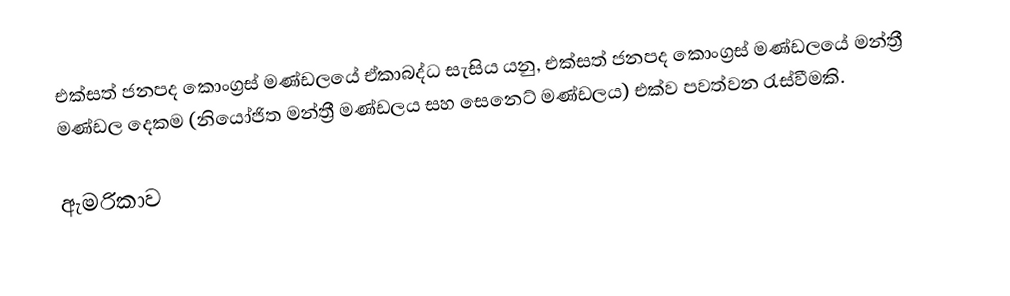
එක්සත් ජනපද කොංග්‍රස් මණ්ඩලයේ ඒකාබද්ධ සැසිය යනු,  එක්සත් ජනපද කොංග්‍රස් මණ්ඩලයේ  මන්ත්‍රී මණ්ඩල දෙකම  (නියෝජිත මන්ත්‍රී මණ්ඩලය සහ සෙනෙට් මණ්ඩලය) එක්ව පවත්වන රැස්වීමකි.

ඇමරිකාව